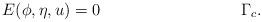
LaTeX: \begin{align*} E(\phi,\eta,u) &= 0 &\Gamma_c.\end{align*}